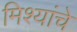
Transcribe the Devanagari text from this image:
मिश्यांचे